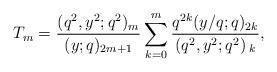
LaTeX: \begin{align*}T_m=\frac{(q^2,y^2;q^2){}_m }{(y;q){}_{2m+1}}\sum_{k=0}^{m} \frac{q^{2k}(y/q;q){}_{2k}}{ \left(q^2,y^2;q^2\right){}_{k}},\end{align*}